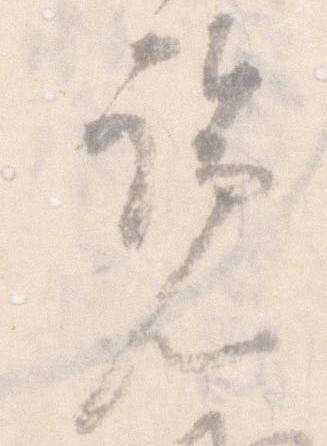
覧